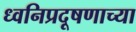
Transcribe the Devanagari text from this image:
ध्वनिप्रदूषणाच्या